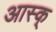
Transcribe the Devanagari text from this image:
आस्क्